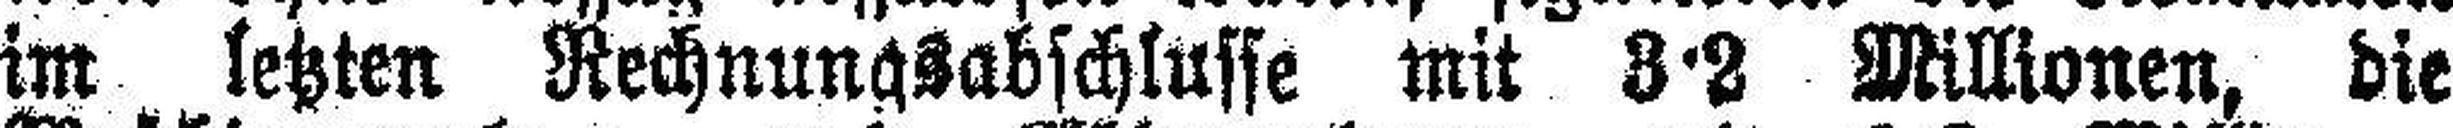
im letzten Rechnungsabschlusse mit 3·2 Millionen, die